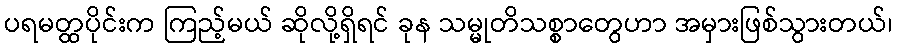
ပရမတ္ထပိုင်းက ကြည့်မယ် ဆိုလို့ရှိရင် ခုန သမ္မုတိသစ္စာတွေဟာ အမှားဖြစ်သွားတယ်၊